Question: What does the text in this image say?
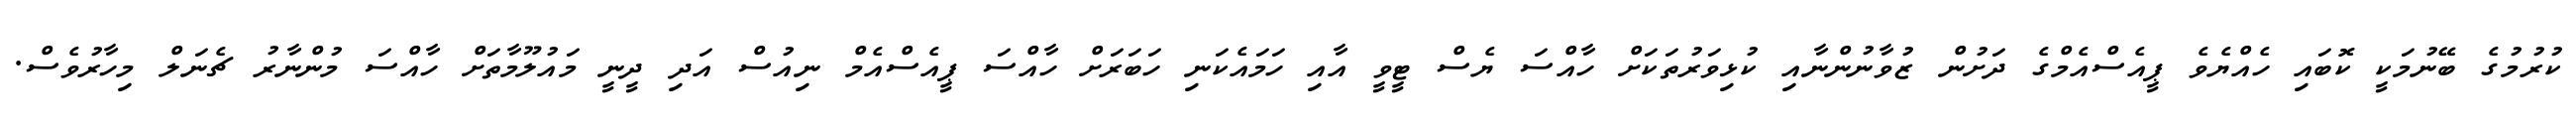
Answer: ކުރުމުގެ ބޭނުމަކީ ކޮބައި ހެއްޔެވެ ޕީއެސްއެމްގެ ދަށުން ޒުވާނުންނާއި ކުޅިވަރުތަކަށް ހާއްސަ ޔެސް ޓީވީ އާއި ހަމައެކަނި ހަބަރަށް ހާއްސަ ޕީއެސްއެމް ނިއުސް އަދި ދީނީ މައުލޫމާތަށް ހާއްސަ މުންނާރު ޗެނަލް މިހާރުވެސް.